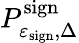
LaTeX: P_{\varepsilon_{\mathrm{sign}},\Delta}^{\mathrm{sign}}